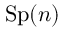
\operatorname { S p } ( n )